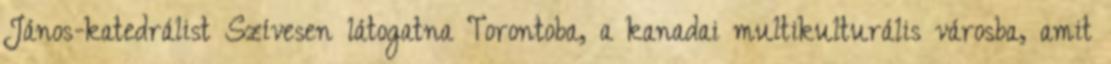
János-katedrálist Szívesen látogatna Torontoba, a kanadai multikulturális városba, amit